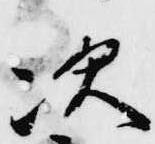
次